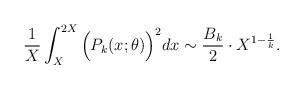
LaTeX: \begin{align*} \frac{1}{X}\int_{X}^{2X} \Big(P_k(x;\theta) \Big)^2 dx\sim \frac{ B_k}{2} \cdot X^{1-\frac1k}.\end{align*}